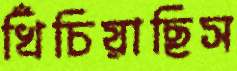
খিঁচিয়াছিস